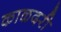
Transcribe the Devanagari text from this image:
काळदरी